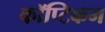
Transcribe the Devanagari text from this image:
कॉप्टिकम